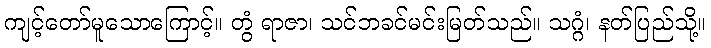
ကျင့်တော်မူသောကြောင့်။ တွံ ရာဇာ၊ သင်ဘခင်မင်းမြတ်သည်။ သဂ္ဂံ၊ နတ်ပြည်သို့။